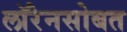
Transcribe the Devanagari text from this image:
लॉरेनसोबत